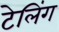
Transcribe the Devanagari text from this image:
टेलिंग